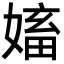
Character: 㜅